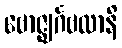
ဗောဇ္ဈင်္ဂဗလာနိ